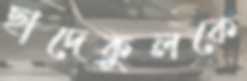
ছাদেকুলকে